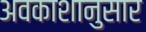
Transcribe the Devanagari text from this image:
अवकाशानुसार